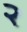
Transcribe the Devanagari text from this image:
२